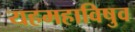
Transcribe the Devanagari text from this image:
यहमहाविषुव